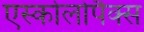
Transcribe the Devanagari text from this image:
एस्कोलोपैक्स